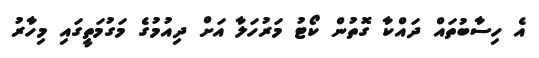
އެ ހިސާބުތައް ދައްކާ ގޮތުން ކޯޓު މަރުހަލާ އަށް ދިއުމުގެ މަގުމަތީގައި މިހާރު